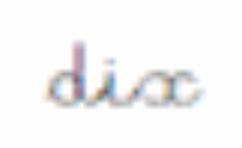
dix